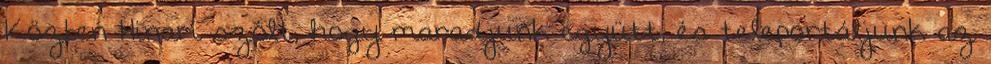
Közben Hinari szólt, hogy maradjunk együtt, és teleportáljunk az